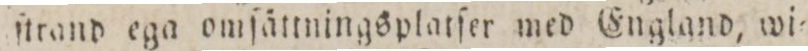
ſtrand ega omſättningsplatſer med england, wi=